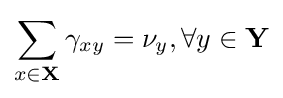
\sum _{x\in \mathbf {X} }\gamma _{xy}=\nu _{y},\forall y\in \mathbf {Y}